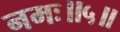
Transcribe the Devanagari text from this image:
नमः॥५॥